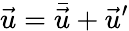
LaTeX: \vec{u}=\bar{\vec{u}}+\vec{u}^{\prime}